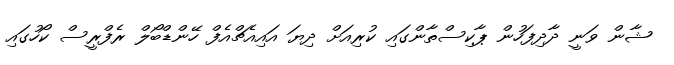
ޝާން ވަނީ ދާދިފަހުން ޕާކިސްތާންގައި ކުރިއަށް ދިޔަ އައިއެޗްއެފް ހޭންޑްބޯލް ރެފްރީސް ކޯހުގައި